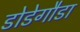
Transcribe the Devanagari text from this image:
डोडेगौडा